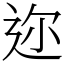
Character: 迩